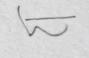
Signature authenticity: forged